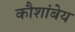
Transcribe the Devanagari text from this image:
कौशांबेय